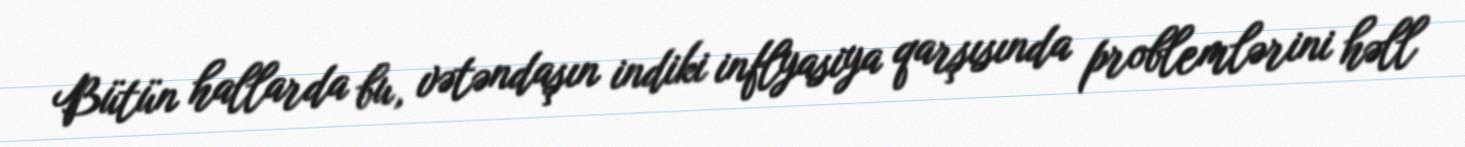
Bütün hallarda bu, vətəndaşın indiki inflyasiya qarşısında problemlərini həll